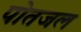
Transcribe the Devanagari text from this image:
पोतजल